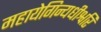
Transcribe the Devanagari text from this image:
महायेगिन्यधीश्वरि